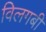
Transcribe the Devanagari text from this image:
विलगबी